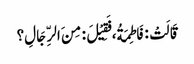
قَالَتْ : فَاطِمَةُ، فَقِیْلَ : مِنَ الرِّجَالِ؟